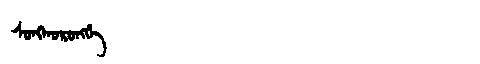
Manchu: ᠰᠣᠩᡤᠣᡵᠣᠩᡤᡝ
Romanization: SONGGORONGGE